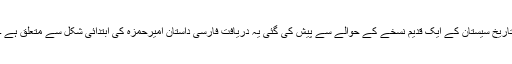
تاریخِ سیستان کے ایک قدیم نسخے کے حوالے سے پیش کی گئی یہ دریافت فارسی داستانِ امیرحمزہ کی ابتدائی شکل سے متعلق ہے ۔